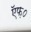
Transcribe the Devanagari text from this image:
ऍफ़०